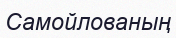
Самойлованың